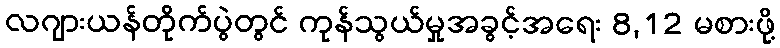
လဂျားယန်တိုက်ပွဲတွင် ကုန်သွယ်မှုအခွင့်အရေး 8,12 မစားဖို့